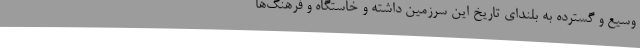
وسیع و گسترده به بلندای تاریخ این سرزمین داشته و خاستگاه و فرهنگ‌ها